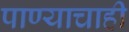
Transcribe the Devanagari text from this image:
पाण्‍याचाही